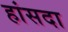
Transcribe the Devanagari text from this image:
हांसदा